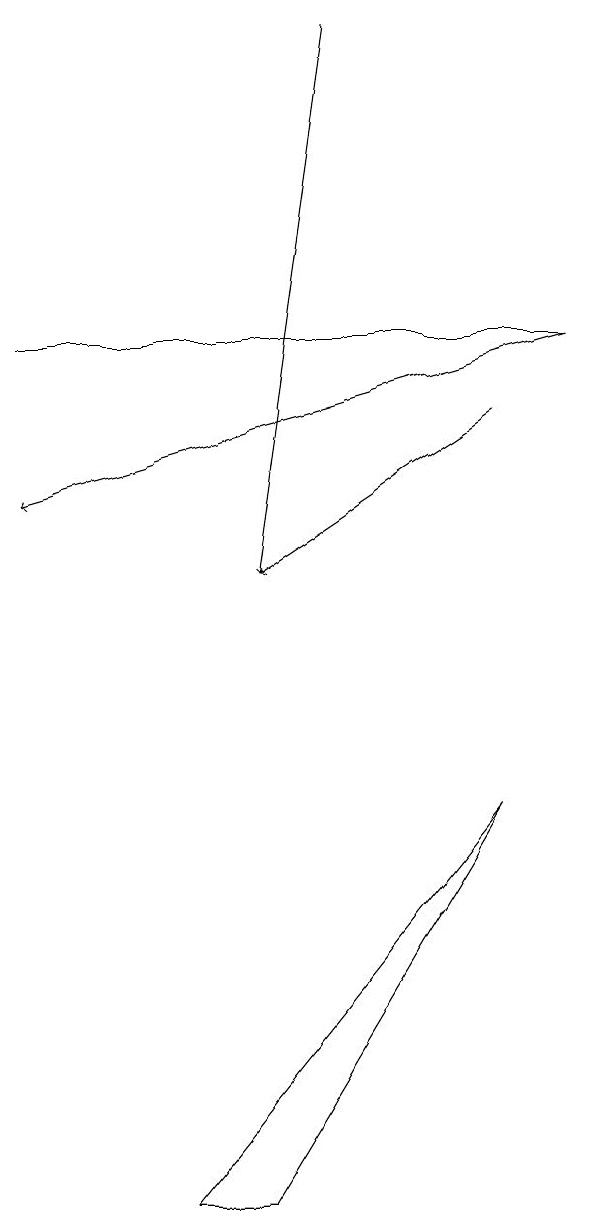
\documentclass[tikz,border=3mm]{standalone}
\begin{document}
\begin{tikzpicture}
\draw (6,9) -- (3,4) -- (2,4) -- cycle;
\draw[->] (6,14) -- (3,12);
\draw (7,15) rectangle (0,15);
\draw[->] (4,19) -- (3,12);
\draw[->] (7,15) -- (0,13);
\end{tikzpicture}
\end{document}